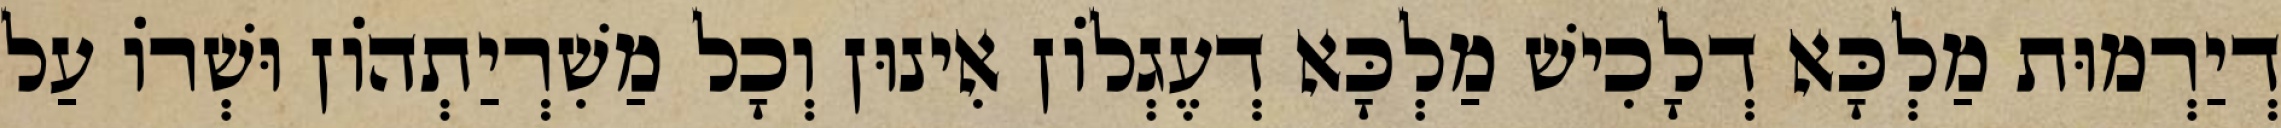
דְיַרְמוּת מַלְכָּא דְלָכִישׁ מַלְכָּא דְעֶגְלוֹן אִינוּן וְכָל מַשִׁרְיַתְהוֹן וּשְׁרוֹ עַל